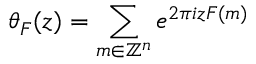
\theta _ { F } ( z ) = \sum _ { m \in \mathbb { Z } ^ { n } } e ^ { 2 \pi i z F ( m ) }